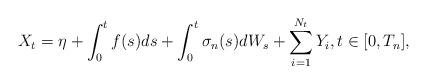
LaTeX: \begin{align*} X_t=\eta+\int_0^tf(s)ds+\int_0^t\sigma_n(s)dW_s +\sum_{i=1}^{N_t}Y_i,t\in [0,T_n],\end{align*}